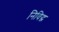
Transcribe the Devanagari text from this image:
निविद्ध